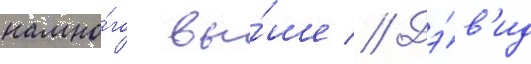
намно́го вы́ше // Дэ́в'ид